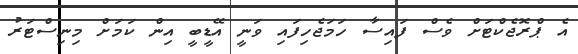
އެ ޕްރޮޖެކްޓަށް ވެސް ފައިސާ ހަމަޖެހިފައި ވަނީ އޭޑީބީ އިން ކަމަށް މިނިސްޓަރު